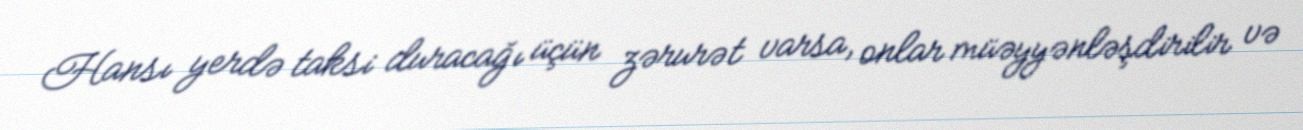
Hansı yerdə taksi duracağı üçün zərurət varsa, onlar müəyyənləşdirilir və